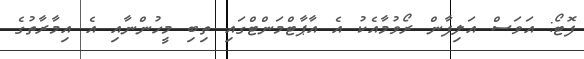
ފޮޓޯ: އަވަސް އަލިފާން ރޯވުމާއެކު އެ އާޕާޓްމަންޓްގައި ތިބި މީހުންނާއި އެ އިމާރާތުގެ